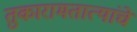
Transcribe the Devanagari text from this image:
तुकारामतात्यांचे